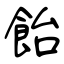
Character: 飴